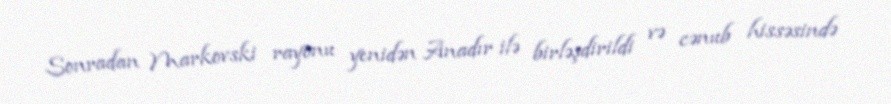
Sonradan Markovski rayonu yenidən Anadır ilə birləşdirildi və cənub hissəsində